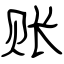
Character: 账